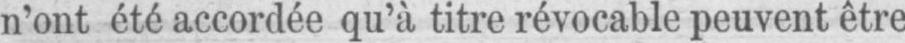
n’ont été accordée qu’à titre révocable peuvent être